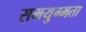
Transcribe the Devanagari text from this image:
समयुग्मता